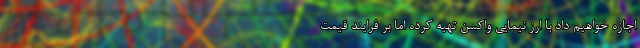
اجازه خواهیم داد با ارز نیمایی واکسن تهیه کرده اما بر فرایند قیمت